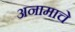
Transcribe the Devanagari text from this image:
अनामाचे